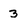
Character: 3